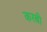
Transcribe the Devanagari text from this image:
करबी